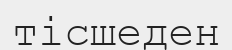
тісшеден